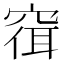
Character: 𫁓